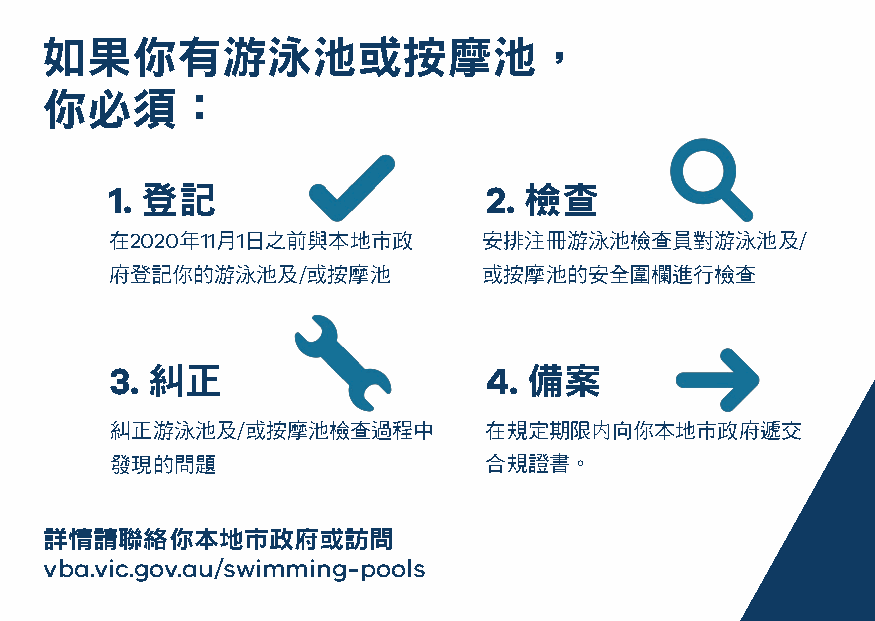
如果你有游泳池或按摩池，
 你必須：
 1. 登記                    2. 檢查
 在2020年11月1日之前與本地市政       安排注冊游泳池檢查員對游泳池及/
 府登記你的游泳池及/或按摩池           或按摩池的安全圍欄進行檢查
 3. 糾正                    4. 備案
 糾正游泳池及/或按摩池檢查過程中         在規定期限内向你本地市政府遞交
 發現的問題                    合規證書。
 詳情請聯絡你本地市政府或訪問
 vba.vic.gov.au/swimming-pools